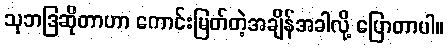
သုဘဒြဆိုတာဟာ ကောင်းမြတ်တဲ့အချိန်အခါလို့ ပြောတာပါ။